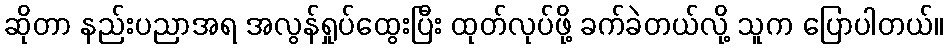
ဆိုတာ နည်းပညာအရ အလွန်ရှုပ်ထွေးပြီး ထုတ်လုပ်ဖို့ ခက်ခဲတယ်လို့ သူက ပြောပါတယ်။